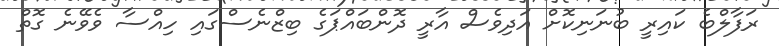
ރަފާލްބެ ކައިރީ ބުނަނިކޮށް އަދިވެސް އާރީ ދޮންބައްޕަގެ ބިޒްނެސްގައި ހިއްސާ ވެވޭނެ ގޮތް